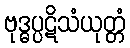
ဗုဒ္ဓပ္ပဋိသံယုတ္တံ